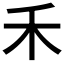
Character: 禾